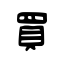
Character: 買